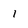
Character: 1